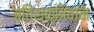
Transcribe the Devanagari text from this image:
अतिशक्तिवान